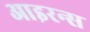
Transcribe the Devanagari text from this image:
आइरन्स